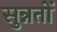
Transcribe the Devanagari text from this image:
सुन्नतों